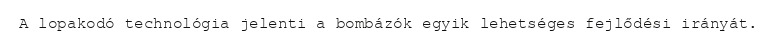
A lopakodó technológia jelenti a bombázók egyik lehetséges fejlődési irányát.